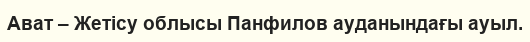
Ават – Жетісу облысы Панфилов ауданындағы ауыл.